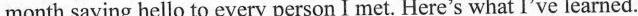
month saying hello to every person I met. Here's what I've learned.